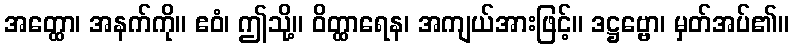
အတ္ထော၊ အနက်ကို။ ဧဝံ၊ ဤသို့။ ဝိတ္ထာရေန၊ အကျယ်အားဖြင့်။ ဒဋ္ဌဗ္ဗော၊ မှတ်အပ်၏။